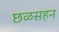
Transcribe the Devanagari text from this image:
छळसहन